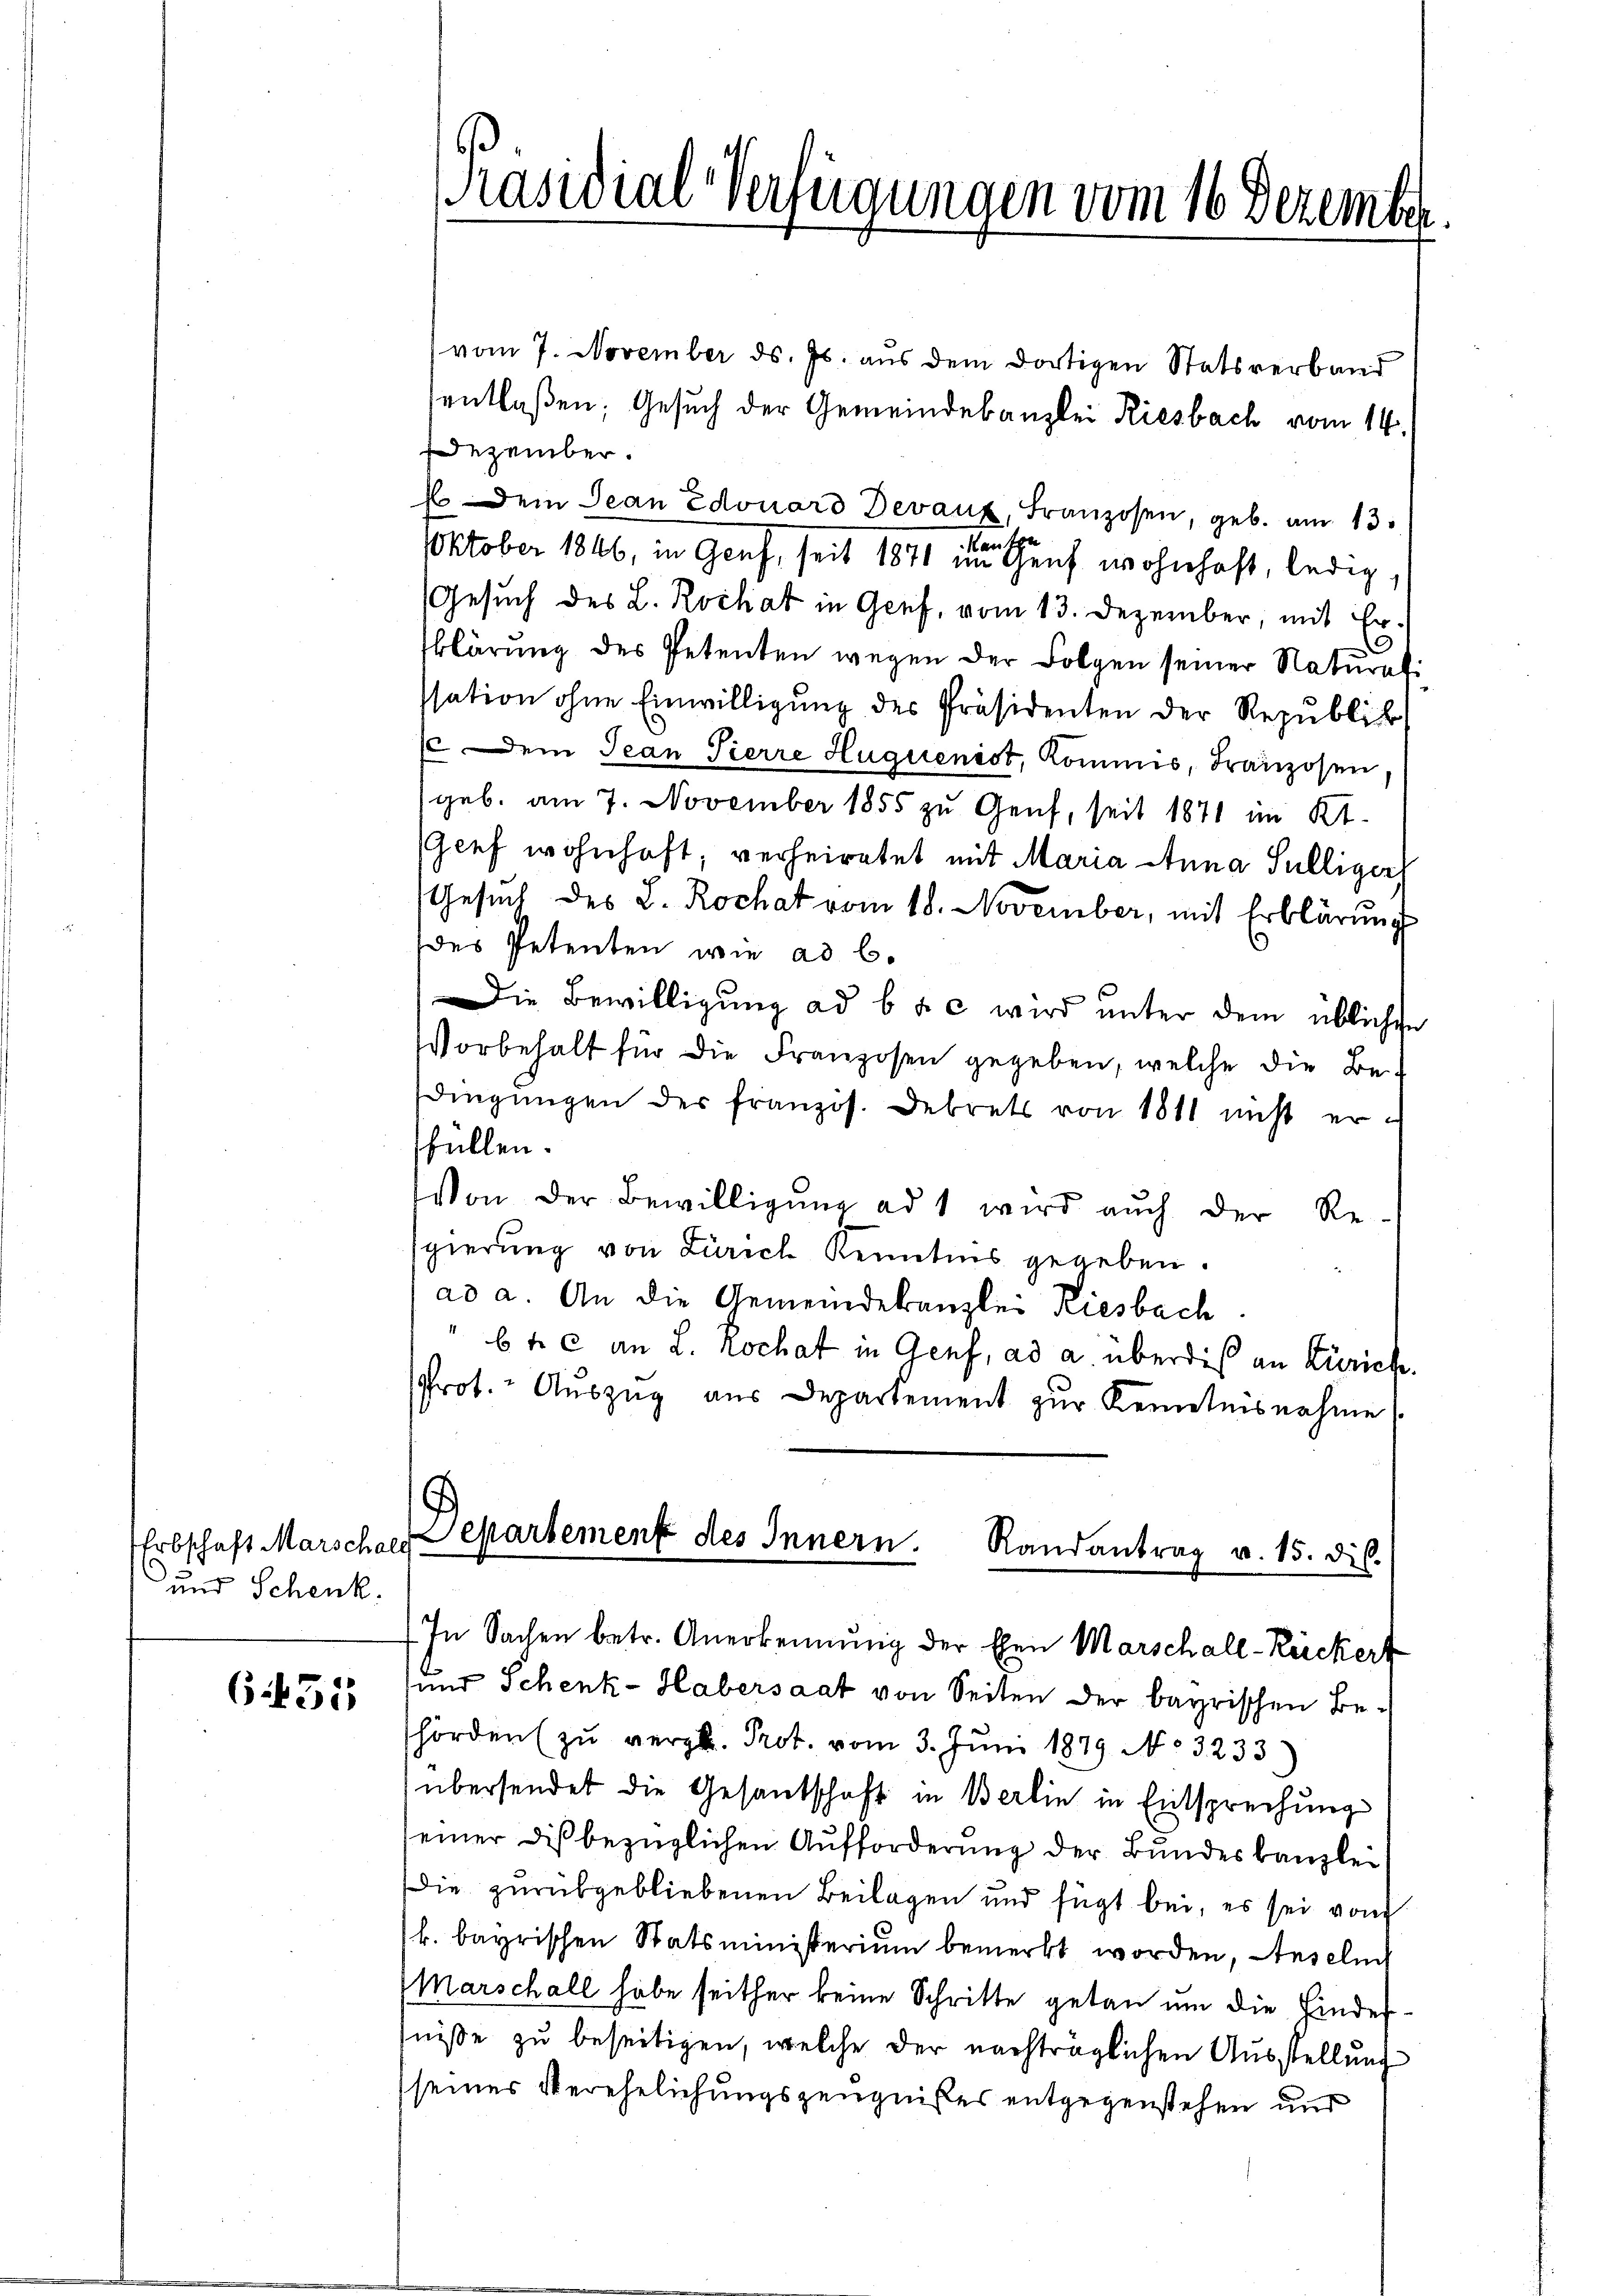
Erbschaft Marschale
und Schenk.

651

vom 7. November ds. Js. aus dem dortigen Statsverband
sentlaßen; Gesuch der Gemeindebanzlei Riesbach vom 14.
Dezember.
E Dem Jean Edouard Devaux, Franzosen, geb. am 13.
au
Oktober 1846, in Genf, seit 1871 im Genf wohnhaft, ledig,
Gesuch des L. Rochat in Genf, vom 13. Dezember, mit Er-
klärung des Petenten wegen der Folgen seiner Naturati
sation ohne Einwilligung des Präsidenten der Republik
( Dein Jean Pierre Huguenist, Kommis, Franzosen
geb. am 7. November 1855 zu Genf, seit 1871 im Kt.
Genf wohnhaft; verheiratet mit Maria Anna Selliger
Gesŭch des L. Rochat vom 18. November, mit Erklärŭng
des Petenten wie ad b.
Die Bewilligung ad b & c wird unter dem üblichen
Vorbehalt für die Franzosen gegeben, welche die Bedingŭngen der französ. Dekrets von 1811 nicht er-
füllen.
Von der Bewilligŭng ad 1 wird aŭch der Re-
gierung von Zürich Kenntnis gegeben.
ad a. An die Gemeindekanzlei Riesbach
6t c an L. Rochat in Genf, ad a. überdieß an Zürich.
Prot. Aŭszŭg aŭs Departement zŭr Kenntnisnahme

[Präsidial-Verfügungen vom 16. Dezember

Departement des Innern. Randantrag v. 15. dis.
In Sachen betr. Anerkennung der Ehen Marschall-Ruckert

und Schenk-Habersaat von Seiten der bayrischen Be-
hörden zŭ vergl. Prot. vom 3. Juni 1879 No 3233
übersendet die Gesandschaft in Berlin in Entsprechung
seiner dis bezüglichen Aufforderung der Bundeskanzlei
Die zurükgebliebenen Beilagen und fügt bei, es sei von
k. bayrischen Statsministerium bemerkt worden, Anselnd
Marschall habe seither keine Schritte getan um die Finderniße zu beseitigen, welche der nachträglichen Ausstellung
seines Verehelichungszeugnißes entgegenstehen und